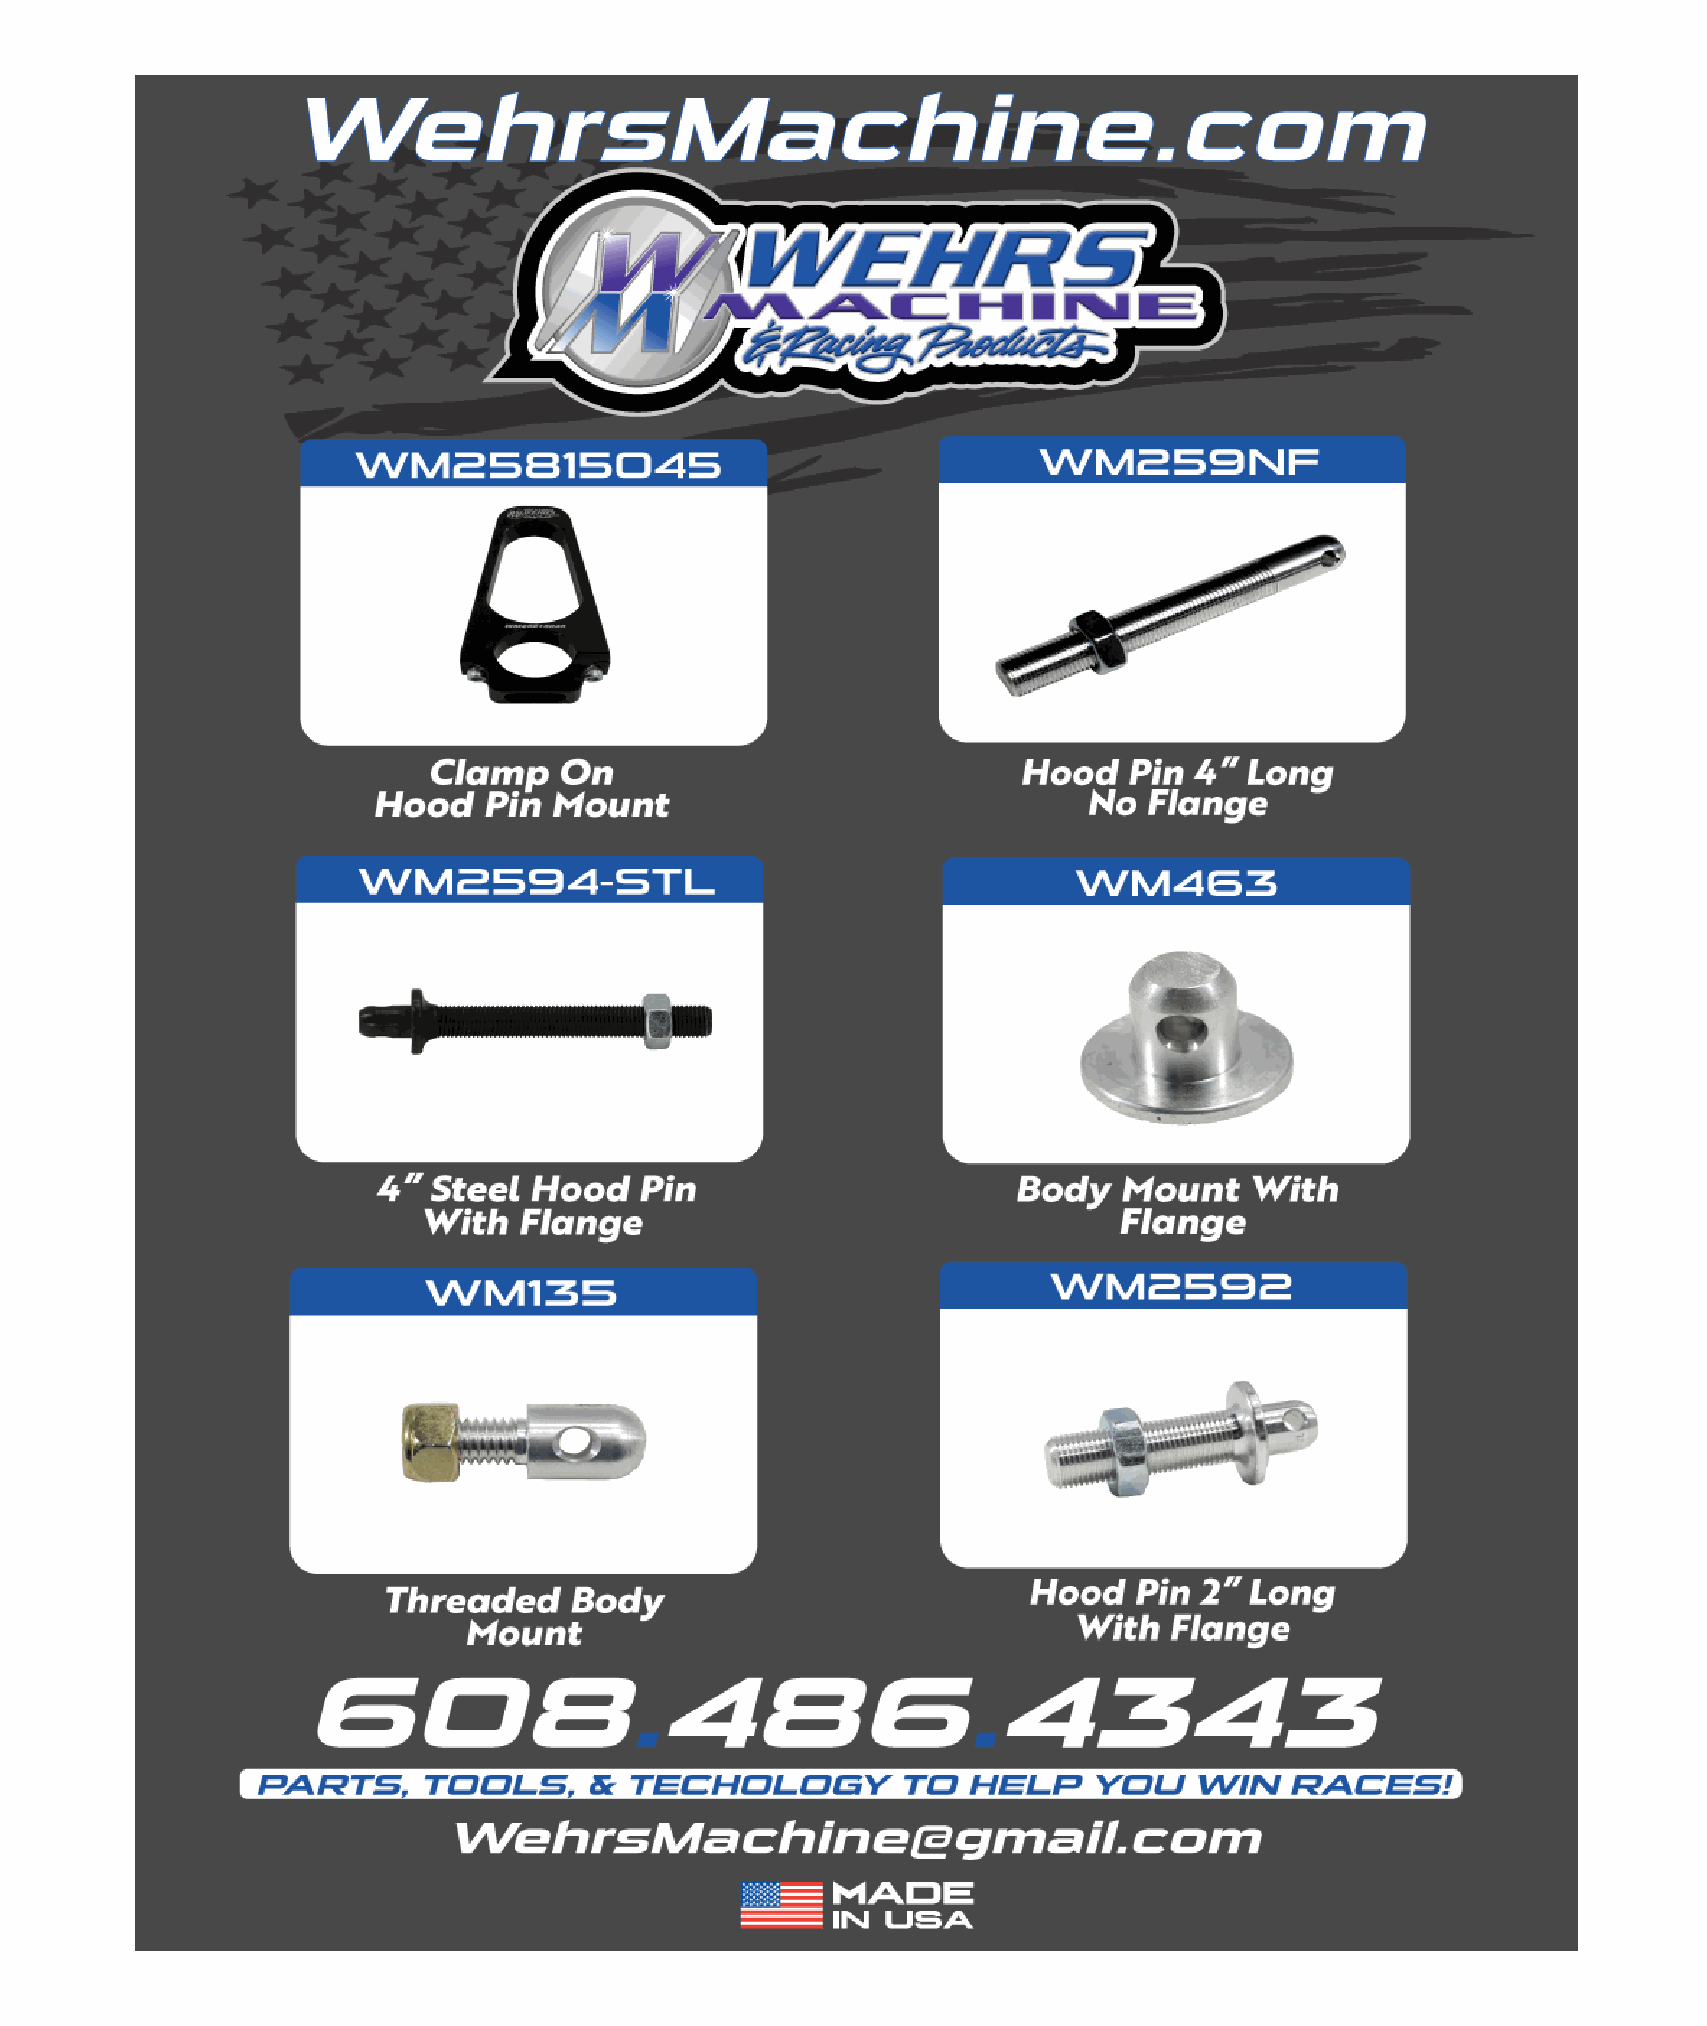
Page 21                                                                                   December 2021